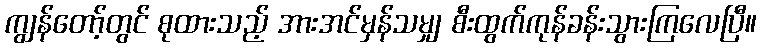
ကျွန်တော့်တွင် စုထားသည့် အားအင်မှန်သမျှ စီးထွက်ကုန်ခန်းသွားကြလေပြီ။